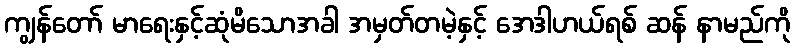
ကျွန်တော် မာရေးနှင့်ဆုံမိသောအခါ အမှတ်တမဲ့နှင့် အေဒါဟယ်ရစ် ဆန် နာမည်ကို